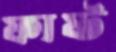
ফাষ্ট